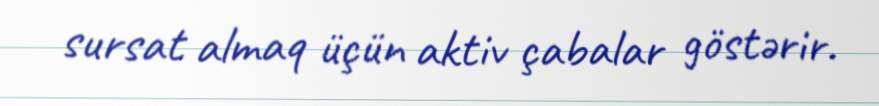
sursat almaq üçün aktiv çabalar göstərir.